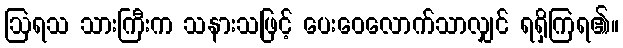
ဩရသ သားကြီးက သနားသဖြင့် ပေးဝေလောက်သာလျှင် ရရှိကြရ၏။